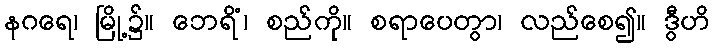
နဂရေ၊ မြို့၌။ ဘေရိံ၊ စည်ကို။ စရာပေတွာ၊ လည်စေ၍။ ဒွီဟိ